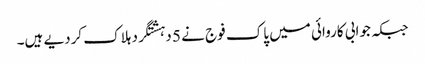
جبکہ جوابی کاروائی میں پاک فوج نے 5 دہشتگرد ہلاک کردیے ہیں۔